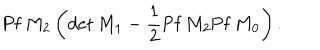
\mathrm { P f } \, M _ { 2 } \left( \mathrm { d e t } \, M _ { 1 } - \frac { 1 } { 2 } \mathrm { P f } \, M _ { 2 } \mathrm { P f } \, M _ { 0 } \right) .